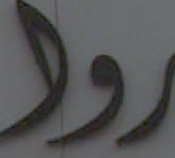
رود